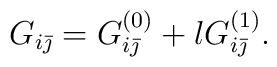
G_{i\bar{\jmath}}=G^{(0)}_{i\bar{\jmath}}+lG^{(1)}_{i\bar{\jmath}}.